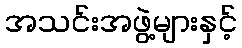
အသင်းအဖွဲ့များနှင့်